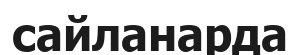
сайланарда